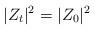
LaTeX: \begin{align*} |Z_t|^2 = |Z_0|^2\end{align*}